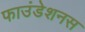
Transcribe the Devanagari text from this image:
फाउंडेशनस